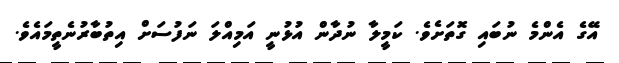
އޭގެ އެންމެ ނުބައި ގޮތަށެވެ. ކަމީލާ ނުދާން އުޅުނީ އަމިއްލަ ނަފުސަށް އިތުބާރުނެތީމައެވެ.